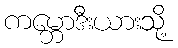
ကမ္ဘောဒီးယားသို့